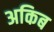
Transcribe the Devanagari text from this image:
अकिब